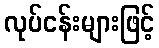
လုပ်ငန်းများဖြင့်